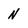
Character: N